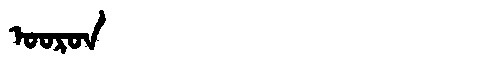
Manchu: ᠣᠣᡵᠣᠨ
Romanization: OORON